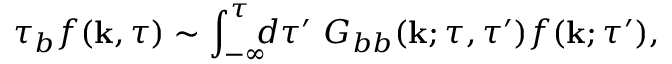
\tau _ { b } f ( { \bf { k } } , \tau ) \sim \int _ { - \infty } ^ { \tau } \! \! \! d \tau ^ { \prime } \ G _ { b b } ( { \bf { k } } ; \tau , \tau ^ { \prime } ) f ( { \bf { k } } ; \tau ^ { \prime } ) ,